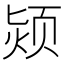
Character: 颎